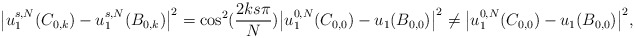
\begin{align*}\big|u_1^{s,N}(C_{0,k}) - u_1^{s,N}(B_{0,k})\big|^2 &= \cos^2(\frac{2ks\pi}{N}) \big|u_1^{0,N}(C_{0,0}) - u_1(B_{0,0})\big|^2 \neq \big|u_1^{0,N}(C_{0,0}) - u_1(B_{0,0})\big|^2,\end{align*}